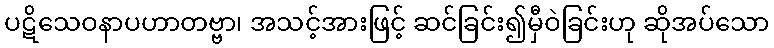
ပဋိသေဝနာပဟာတဗ္ဗာ၊ အသင့်အားဖြင့် ဆင်ခြင်း၍မှီဝဲခြင်းဟု ဆိုအပ်သော